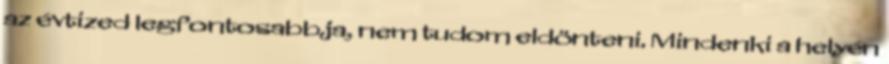
az évtized legfontosabbja, nem tudom eldönteni. Mindenki a helyén